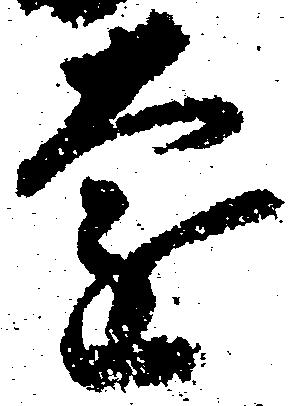
遠